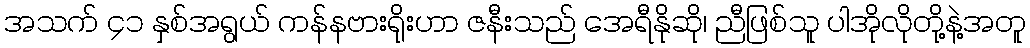
အသက် ၄၁ နှစ်အရွယ် ကန်နဗားရိုးဟာ ဇနီးသည် အေရီနိုဆို၊ ညီဖြစ်သူ ပါအိုလိုတို့နဲ့အတူ